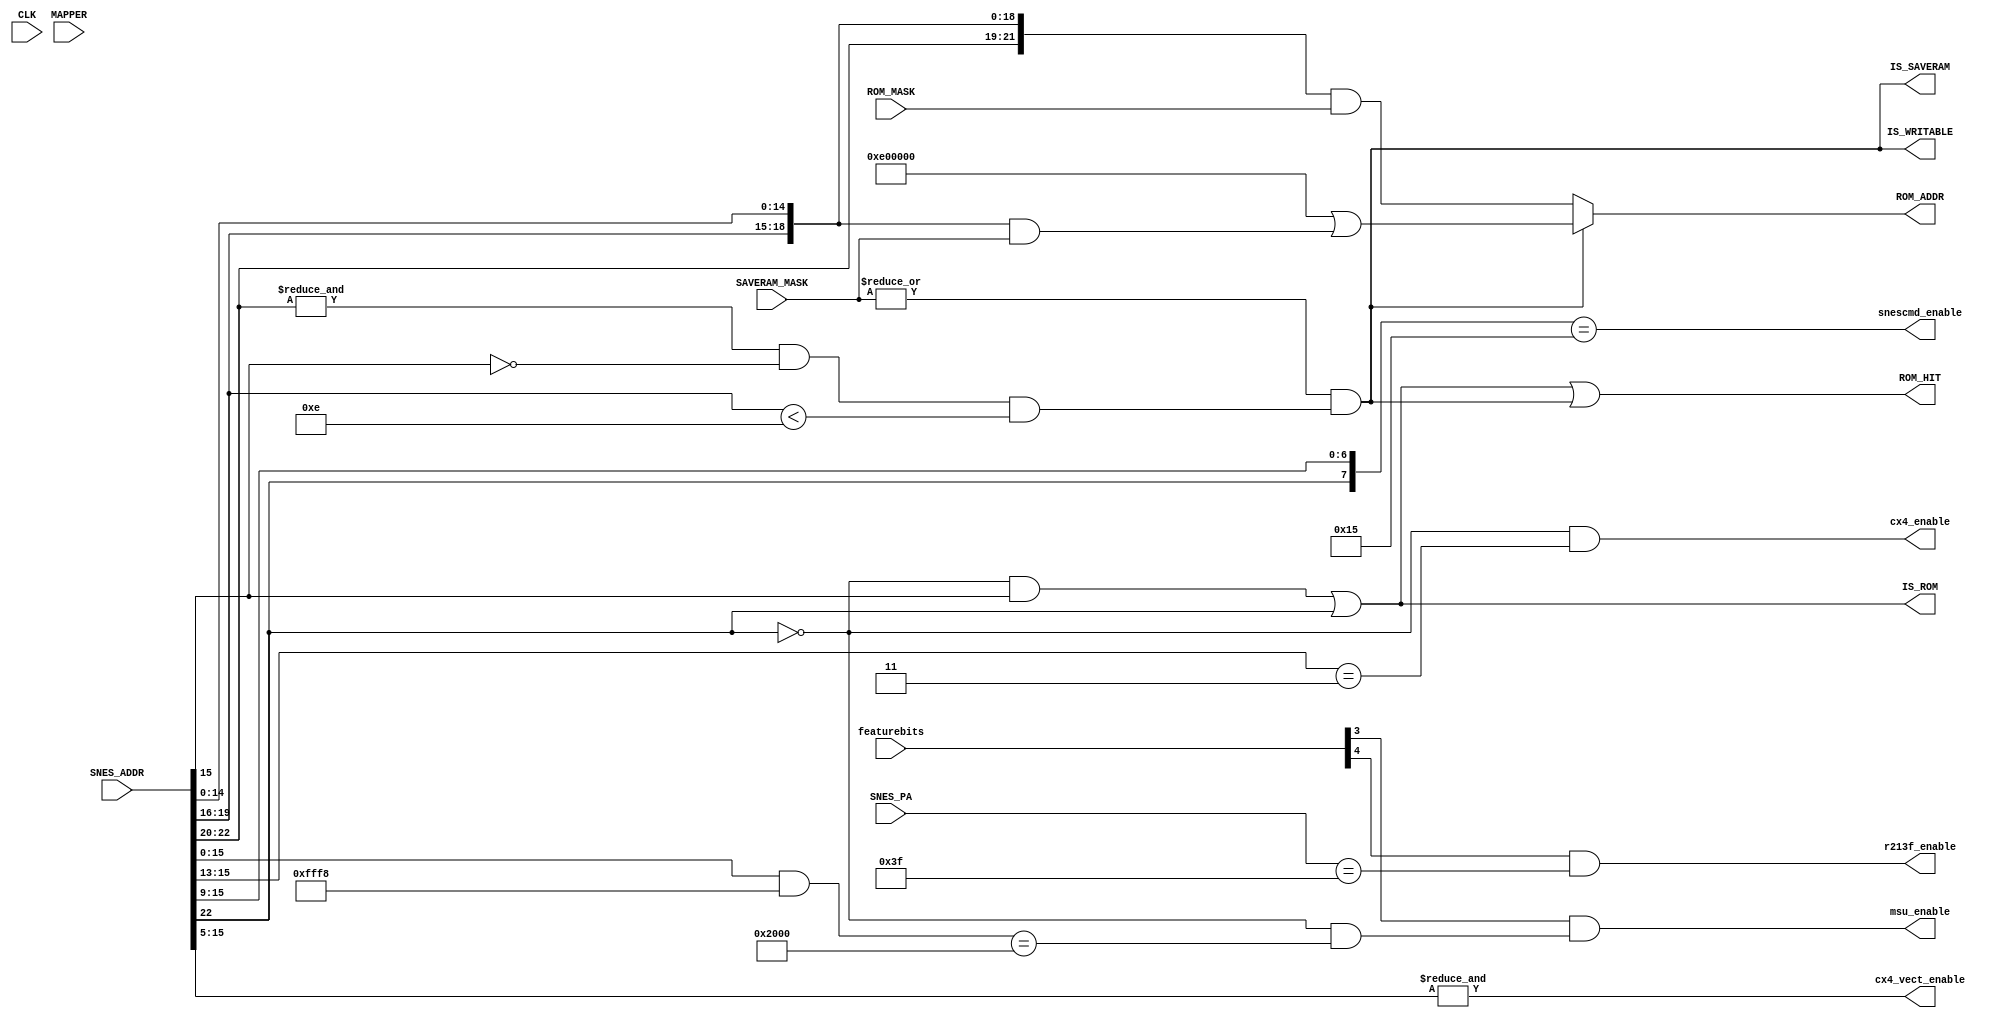
module address(
  input CLK,
  input [7:0] featurebits,
  input [2:0] MAPPER,       // MCU detected mapper
  input [23:0] SNES_ADDR,   // requested address from SNES
  input [7:0] SNES_PA,      // peripheral address from SNES
  output [23:0] ROM_ADDR,   // Address to request from SRAM0
  output ROM_HIT,           // want to access RAM0
  output IS_SAVERAM,        // address/CS mapped as SRAM?
  output IS_ROM,            // address mapped as ROM?
  output IS_WRITABLE,       // address somehow mapped as writable area?
  input [23:0] SAVERAM_MASK,
  input [23:0] ROM_MASK,
  output msu_enable,
  output cx4_enable,
  output cx4_vect_enable,
  output r213f_enable,
  output snescmd_enable
);

parameter [2:0]
  FEAT_MSU1 = 3,
  FEAT_213F = 4
;

wire [23:0] SRAM_SNES_ADDR;

/* Cx4 mapper:
   - LoROM (extended to 00-7d, 80-ff)
   - MMIO @ 6000-7fff
   - SRAM @ 70-7d/80-ff:0000-7fff
 */

assign IS_ROM = ((!SNES_ADDR[22] & SNES_ADDR[15])
                 |(SNES_ADDR[22]));

assign IS_SAVERAM = |SAVERAM_MASK & (&SNES_ADDR[22:20] & ~SNES_ADDR[15] & (SNES_ADDR[19:16] < 4'b1110));

assign SRAM_SNES_ADDR = IS_SAVERAM
                        ? (24'hE00000 | ({SNES_ADDR[19:16], SNES_ADDR[14:0]} 
                         & SAVERAM_MASK))
                        : ({2'b00, SNES_ADDR[22:16], SNES_ADDR[14:0]}
                         & ROM_MASK);

assign ROM_ADDR = SRAM_SNES_ADDR;

assign IS_WRITABLE = IS_SAVERAM;

assign ROM_HIT = IS_ROM | IS_WRITABLE;

wire msu_enable_w = featurebits[FEAT_MSU1] & (!SNES_ADDR[22] && ((SNES_ADDR[15:0] & 16'hfff8) == 16'h2000));
assign msu_enable = msu_enable_w;

wire cx4_enable_w = (!SNES_ADDR[22] && (SNES_ADDR[15:13] == 3'b011));
assign cx4_enable = cx4_enable_w;

assign cx4_vect_enable = &SNES_ADDR[15:5];

assign r213f_enable = featurebits[FEAT_213F] & (SNES_PA == 9'h3f);

assign snescmd_enable = ({SNES_ADDR[22], SNES_ADDR[15:9]} == 8'b0_0010101);

endmodule